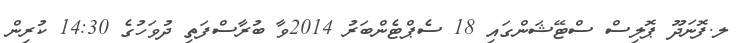
ލ.ފޮނަދޫ ޕޮލިސް ސްޓޭޝަންގައި 18 ސެޕްޓެންބަރު 2014ވާ ބުރާސްފަތި ދުވަހުގެ 14:30 ކުރިން